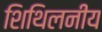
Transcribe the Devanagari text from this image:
शिथिलनीय